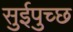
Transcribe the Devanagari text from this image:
सुईपुच्छ